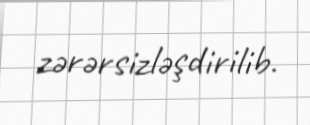
zərərsizləşdirilib.